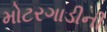
મોટરગાડીની